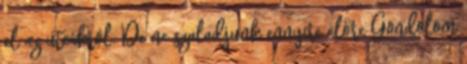
el az utcákról. De ne szaladjunk ennyire előre Gondolom